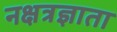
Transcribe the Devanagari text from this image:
नक्षत्रज्ञाता